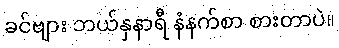
ခင်ဗျား ဘယ်နှနာရီ နံနက်စာ စားတာပဲ။